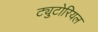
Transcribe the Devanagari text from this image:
ट्युटोरियल